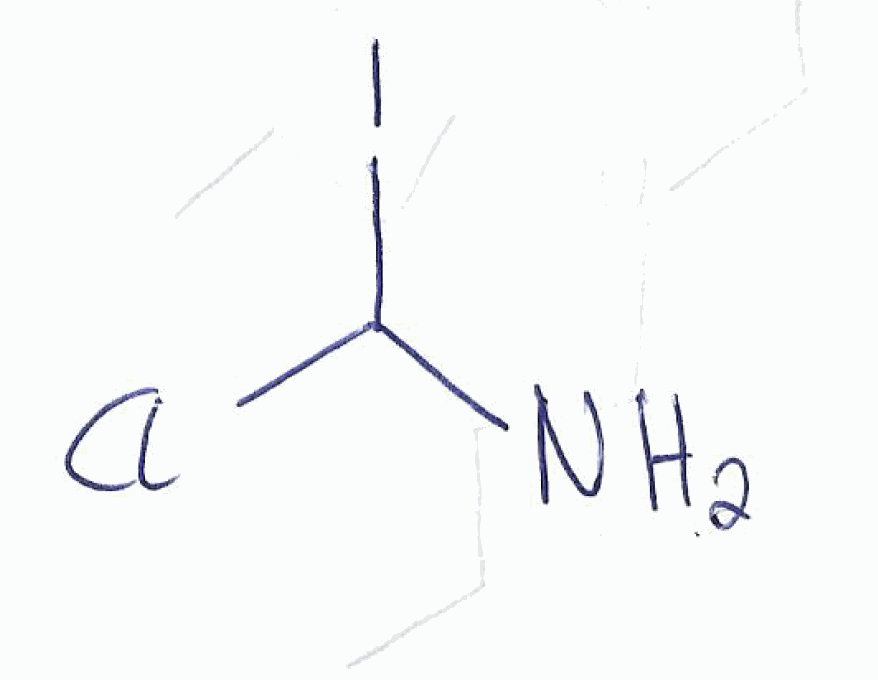
Simplified molecular-input line-entry system (SMILES) notation of the given molecule:
C(N)(Cl)I